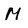
Character: M